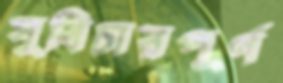
সুবিচারপূর্ণ